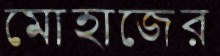
মোহাজের